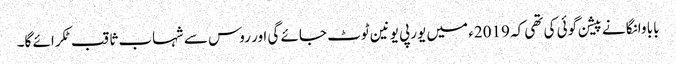
بابا وانگا نے پیشن گوئی کی تھی کہ 2019ء میں یورپی یونین ٹوٹ جائے گی اور روس سے شہاب ثاقب ٹکرائے گا۔